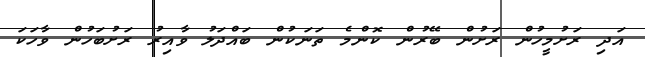
އަދި ރަށުމީހުން ރަށުން ބޭރުން ކޮންމެ ތަނަކުން ބައްދަލު ވާއިރު ރަށުބަހުން ވާހަކަ